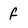
Character: f